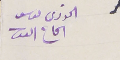
الخوري يوسف الحاج